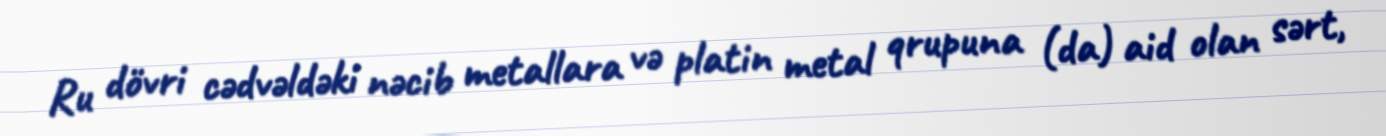
Ru dövri cədvəldəki nəcib metallara və platin metal qrupuna (da) aid olan sərt,